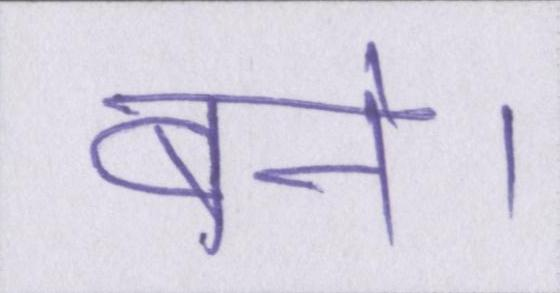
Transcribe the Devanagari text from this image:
बने।